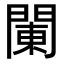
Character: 䦨